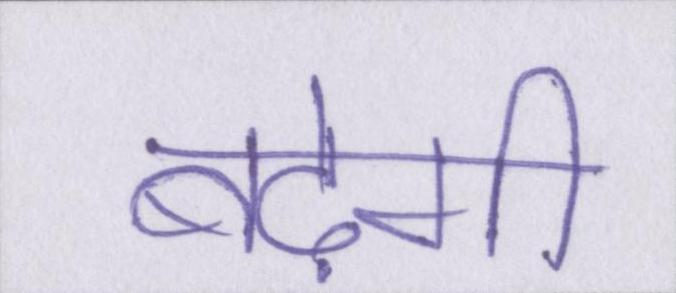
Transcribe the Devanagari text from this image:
बढ़ेगी